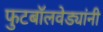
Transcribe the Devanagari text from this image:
फुटबॉलवेड्यांनी